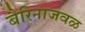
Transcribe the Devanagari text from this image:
बैरिनाजवळ